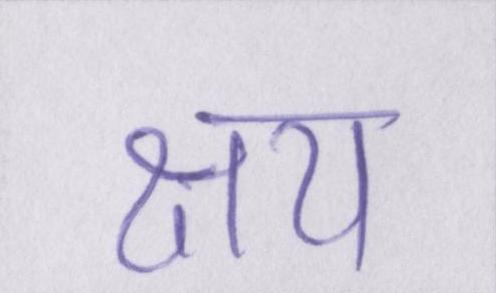
क्षय